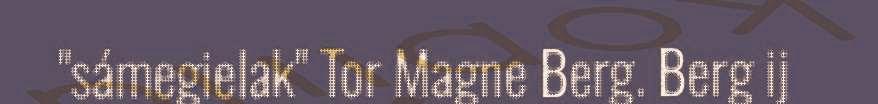
"sámegielak" Tor Magne Berg. Berg ij